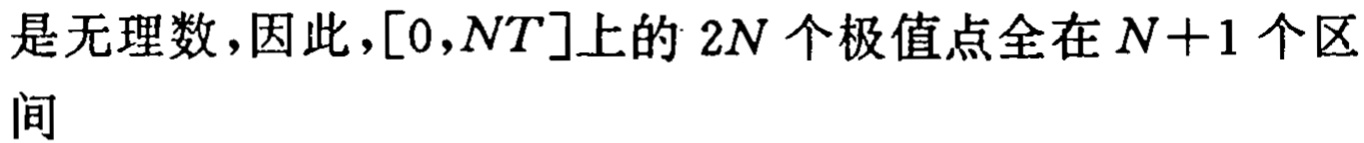
是无理数,因此,$[0,NT]$上的 \(2N\) 个极值点全在 \(N + 1\) 个区间